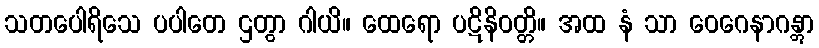
သတပေါရိသေ ပပါတေ ဌတွာ ဂါယိ။ ထေရော ပဋိနိဝတ္တိ။ အထ နံ သာ ဝေဂေနာဂန္တွာ